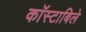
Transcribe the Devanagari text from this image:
काॅस्टाबिले